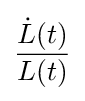
{\frac {{\dot {L}}(t)}{L(t)}}